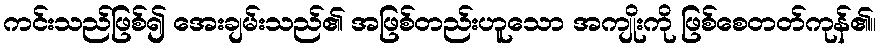
ကင်းသည်ဖြစ်၍ အေးချမ်းသည်၏ အဖြစ်တည်းဟူသော အကျိုးကို ဖြစ်စေတတ်ကုန်၏။